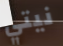
نيتي